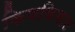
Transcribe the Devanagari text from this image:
किणकिणाट